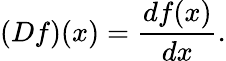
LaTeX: (Df)(x)={\frac{df(x)}{dx}}.